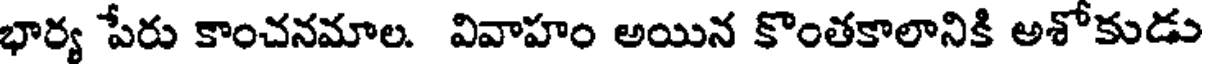
భార్య పేరు కాంచనమాల. వివాహం అయిన కొంతకాలానికి అశోకుడు